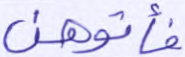
فأتوهن